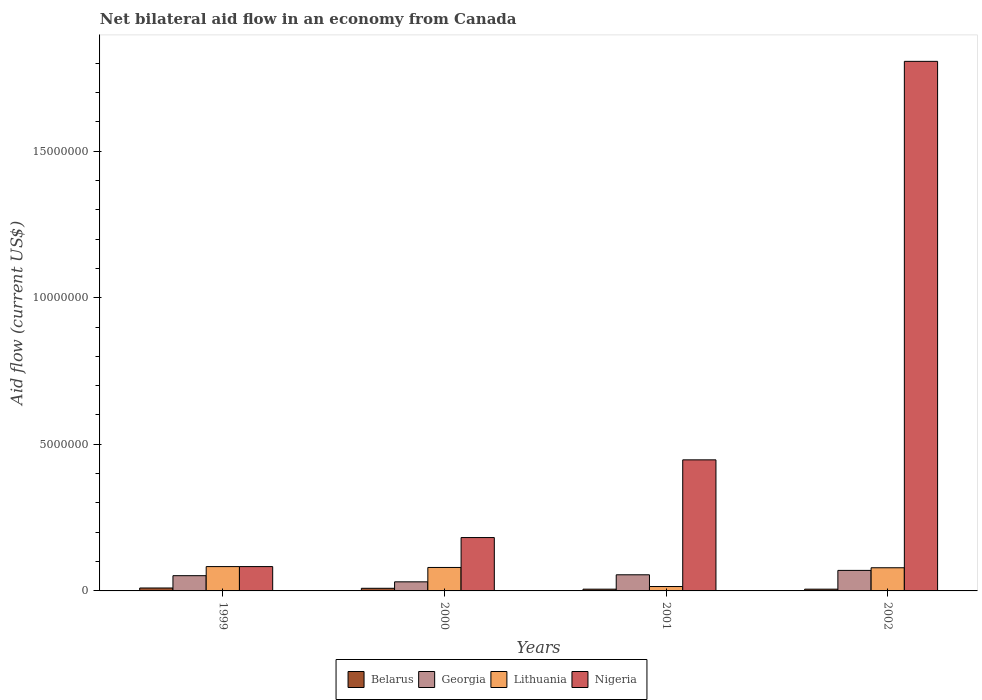
| Years | Belarus | Georgia | Lithuania | Nigeria |
 | --- | --- | --- | --- | --- |
 | 1999 | 1e+05 | 5.2e+05 | 8.3e+05 | 8.3e+05 |
 | 2000 | 9e+04 | 3.1e+05 | 8e+05 | 1.82e+06 |
 | 2001 | 6e+04 | 5.5e+05 | 1.5e+05 | 4.47e+06 |
 | 2002 | 6e+04 | 7e+05 | 7.9e+05 | 1.81e+07 |